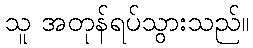
သူ အတုန်ရပ်သွားသည်။